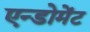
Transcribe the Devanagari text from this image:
एन्डोमेंट